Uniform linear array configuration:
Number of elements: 12
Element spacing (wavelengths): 0.5
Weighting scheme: blackman
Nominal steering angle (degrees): -15
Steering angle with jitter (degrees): -16.593
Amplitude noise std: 0.05
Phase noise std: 0.05

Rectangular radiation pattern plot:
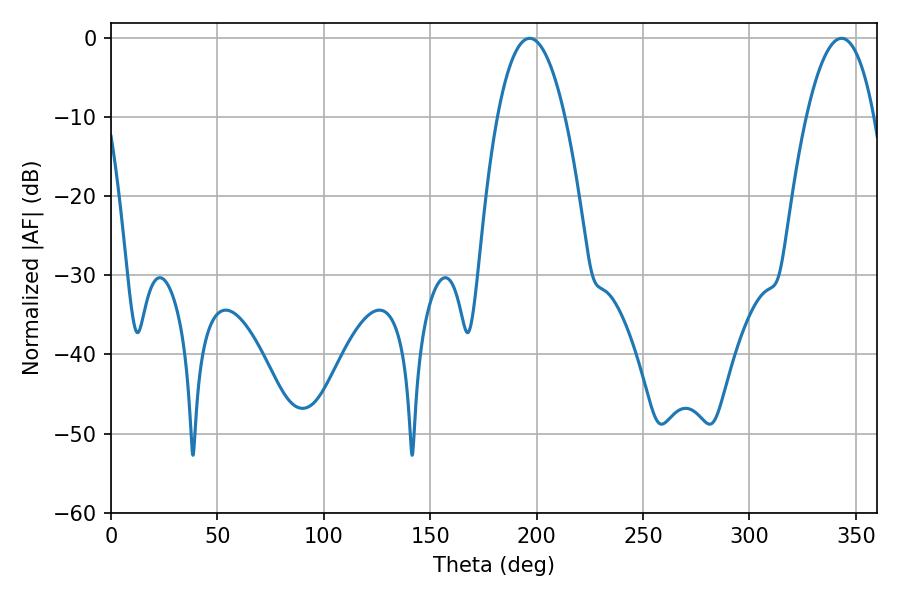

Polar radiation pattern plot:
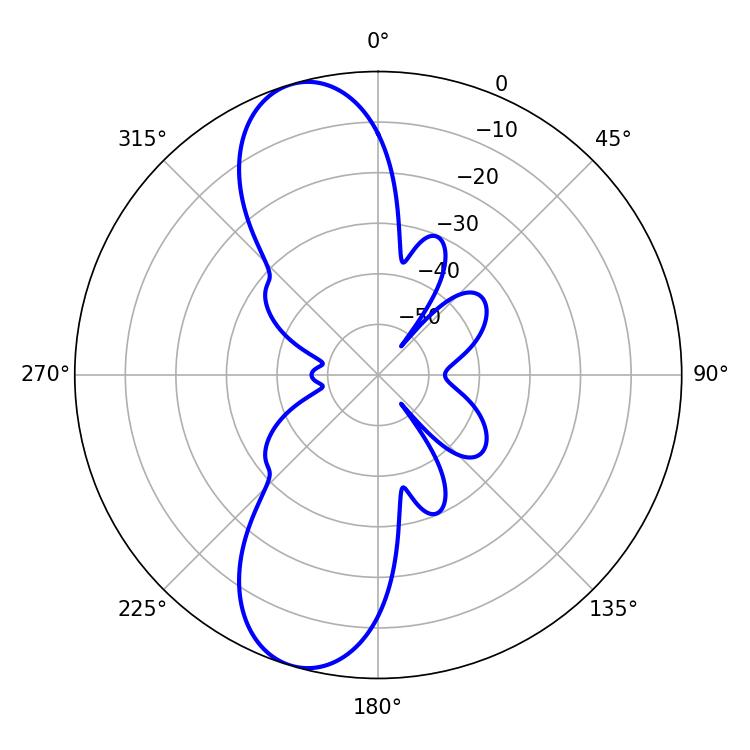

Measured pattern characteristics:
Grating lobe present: FALSE
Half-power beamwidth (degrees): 17.64
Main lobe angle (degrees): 196.74